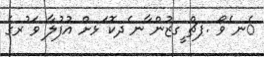
ެނ ެވޯ .ޕޗް ީގޒުން ާނ ެދކޮ ަޅށް އުފުލާ ވަ ުރގެ